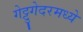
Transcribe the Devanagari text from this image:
गेट्टुगेदरमध्ये